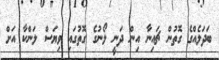
ބަދަލެއްގެ ގޮތުން ޗައިނާ އިން ދަނީ ލޯނުގެ ގޮތުގައި ވިޔަސް ލަންކާ އަށް